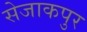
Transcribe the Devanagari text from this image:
सेजाकपुर